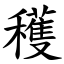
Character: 穫